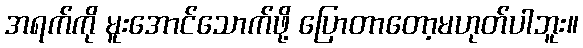
အရက်ကို မူးအောင်သောက်ဖို့ ပြောတာတော့မဟုတ်ပါဘူး။